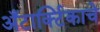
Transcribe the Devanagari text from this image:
अँटार्क्टिकाचे